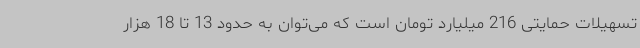
تسهیلات حمایتی 216 میلیارد تومان است که می‌توان به حدود 13 تا 18 هزار